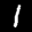
Label: 1